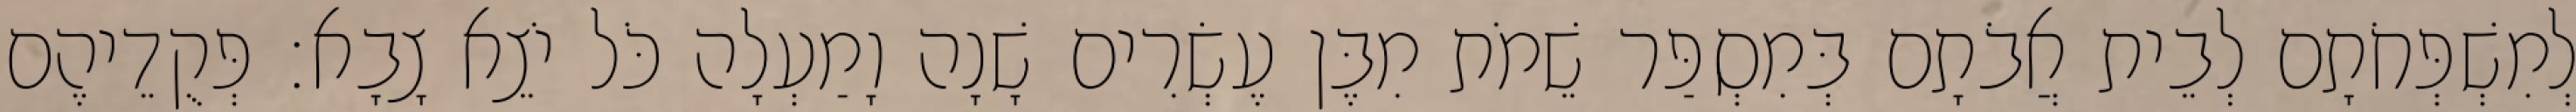
לְמִשְׁפְּחֹתָם לְבֵית אֲבֹתָם בְּמִסְפַּר שֵׁמֹת מִבֶּן עֶשְׂרִים שָׁנָה וָמַעְלָה כֹּל יֹצֵא צָבָא׃ פְּקֻדֵיהֶם